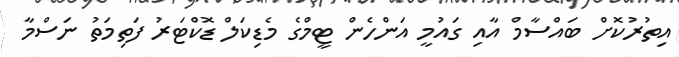
އިތުރުކޮށް ބައްސާމް އާއި ގައުމީ އަންހެން ޓީމްގެ މެޑިކަލް ޑޮކްޓަރު ފަތިމަތު ނަސްމާ